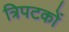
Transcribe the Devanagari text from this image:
त्रिपटकों